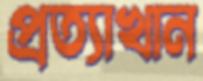
প্রত্যাখান